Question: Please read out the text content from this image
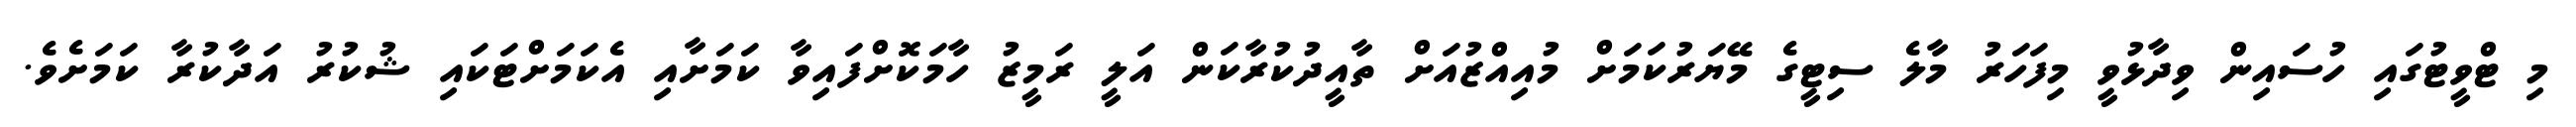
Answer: މި ޓްވީޓުގައި ހުސައިން ވިދާޅުވީ މިފަހަރު މާލެ ސިޓީގެ މޭޔަރުކަމަށް މުއިއްޒުއަށް ތާއީދުކުރާކަން އަލީ ރަމީޒު ހާމަކޮށްފައިވާ ކަމަށާއި އެކަމަށްޓަކައި ޝުކުރު އަދާކުރާ ކަމަށެވެ.